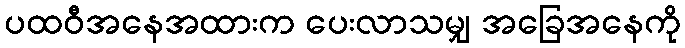
ပထဝီအနေအထားက ပေးလာသမျှ အခြေအနေကို